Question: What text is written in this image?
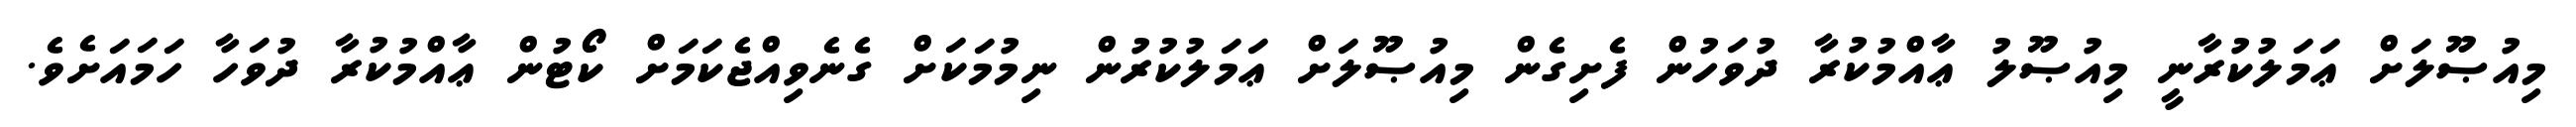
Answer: މިއުޞޫލަށް ޢަމަލުކުރާނީ މިއުޞޫލު ޢާއްމުކުރާ ދުވަހުން ފެށިގެން މިއުޞޫލަށް ޢަމަލުކުރުން ނިމުމަކަށް ގެނެވިއްޖެކަމަށް ކޯޓުން ޢާއްމުކުރާ ދުވަހާ ހަމައަށެވެ.